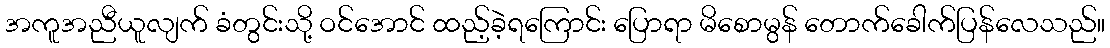
အကူအညီယူလျက် ခံတွင်းသို့ ဝင်အောင် ထည့်ခဲ့ရကြောင်း ပြောရာ မိစောမွန် တောက်ခေါက်ပြန်လေသည်။